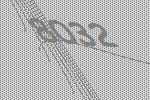
8032